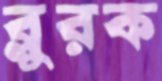
ব্লুরক